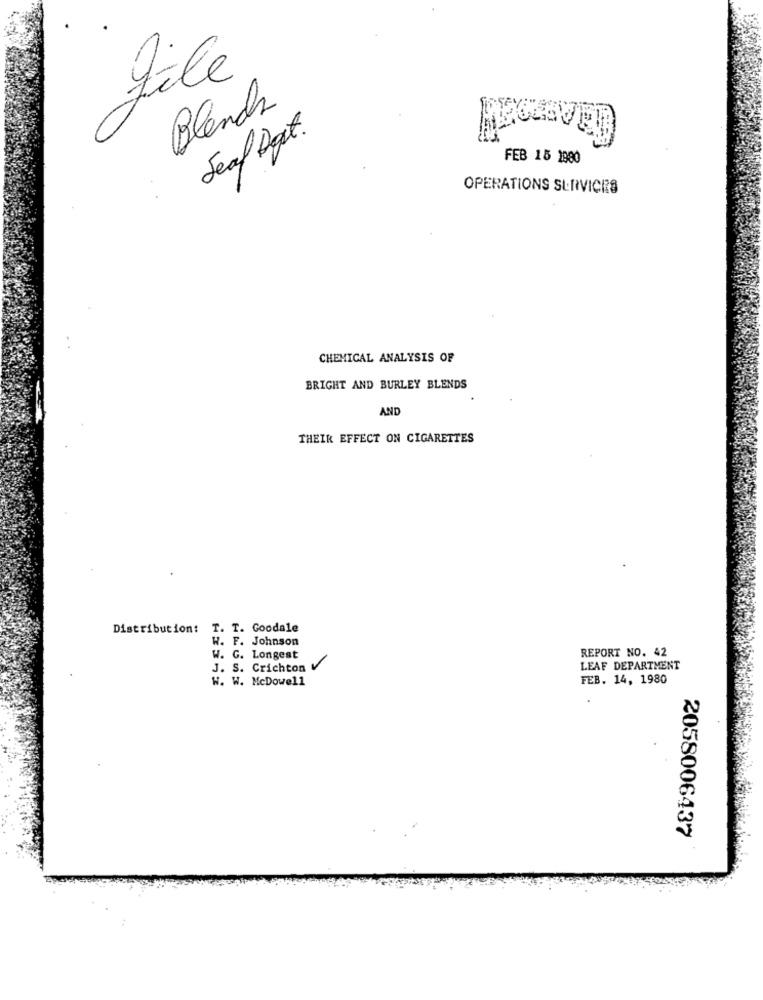
file
Blends
Seaf Doget.
FEB 15 1980
OPERATIONS SERVICIO
CHEMICAL ANALYSIS OF
BRIGHT AND BURLEY BLENDS
AND
THEIR EFFECT ON CIGARETTES
Distribution: T. T. Goodale
W. F. Johnson
REPORT NO. 42
W. G. Longest
J. S. Crichton V
LEAF DEPARTMENT
W. W. McDowell
FEB. 14, 1980
2058006437